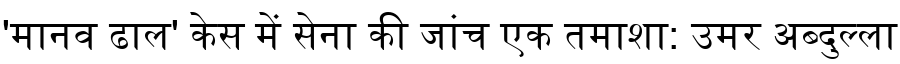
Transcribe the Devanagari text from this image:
'मानव ढाल' केस में सेना की जांच एक तमाशा: उमर अब्दुल्ला